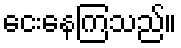
ငေးနေကြသည်။